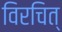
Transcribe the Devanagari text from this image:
विरचित्